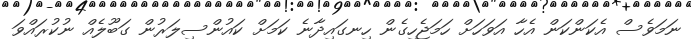
ނަމަވެސް އެކަންކަން އެހާ އަވަހަށް ހަމަޖެހިގެން ހިނގައިދާނެ ކަމަށް ކައުންސިލަރުން ގަބޫލެއް ނުކުރައްވަ